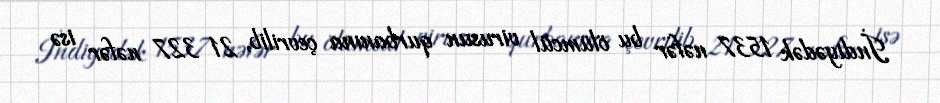
İndiyədək 1537 nəfər bu ölümcül virusun qurbanına çevrilib, 21 327 nəfər isə